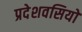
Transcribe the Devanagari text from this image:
प्रदेशवसियों